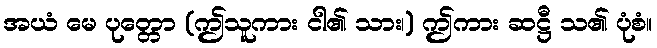
အယံ မေ ပုတ္တော (ဤသူကား ငါ၏ သား၊) ဤကား ဆဋ္ဌီ သ၏ ပုံစံ။